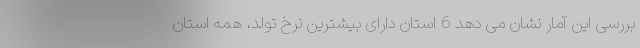
بررسی این آمار نشان می دهد 6 استان دارای بیشترین نرخ تولد، همه استان